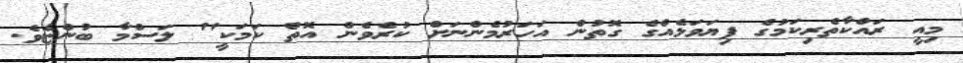
މިއީ ރައްކާތެރިކަމުގެ ފިޔަވަޅެއްގެ ގޮތުން އަހަރުމެންނަށް ކުރެވެން އޮތް ކަމަކީ" ލަސްމާ ބުންޏެވެ.